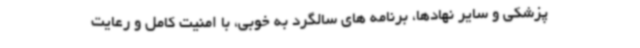
پزشکی و سایر نهادها، برنامه های سالگرد به خوبی، با امنیت کامل و رعایت